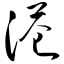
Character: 港